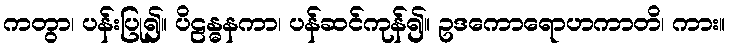
ကတွာ၊ ပန်းပြု၍။ ပိဠန္ဓနကာ၊ ပန်ဆင်ကုန်၍။ ဥဒကောရောဟကာတိ၊ ကား။